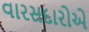
વારસદારોએ